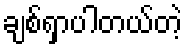
ချစ်ရှာပါတယ်တဲ့